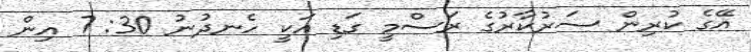
އޭގެ ކުރިން ސަރުކާރުގެ ރަސްމީ ގަޑި އަކީ ހެނދުނު 30: 7 އިން